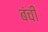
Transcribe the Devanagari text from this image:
बंची